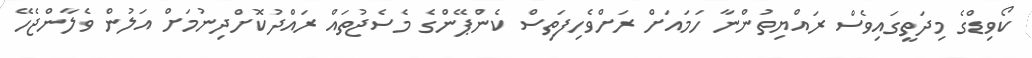
ކޯވިޑްގެ މިދަތީގައިވެސް ރައްޔިތުންނާ ހަމައަށް ރަށްވެހިފަތިސް ކެންޕޭންގެ މެސެޖުތައް ރައްދުކޮށްދިނުމަށް އަލުން ވެލާންޖެހޭ